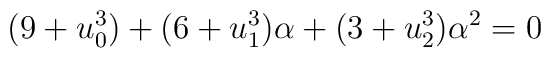
(9+u_0^3)+(6+u_1^3)\alpha+(3+u_2^3)\alpha^2=0